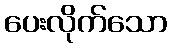
ပေးလိုက်သော